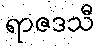
ရာဇဒသီ